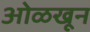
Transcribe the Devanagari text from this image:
अोळखून